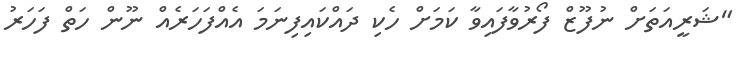
"ޝަރީއަތަށް ނުފޫޒް ފޯރުވާފައިވާ ކަމަށް ހެކި ދައްކައިފިނަމަ އެއްފަހަރެއް ނޫން ހަތް ފަހަރު